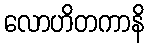
လောဟိတကာနိ